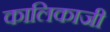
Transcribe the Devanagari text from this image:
कालिकाजी